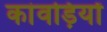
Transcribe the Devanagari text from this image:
कांवड़ियों